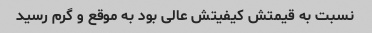
نسبت به قیمتش کیفیتش عالی بود به موقع و گرم رسید